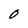
Character: O